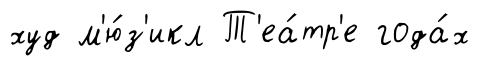
худ м'ю́з'икл Т'еа́тр'е года́х